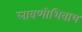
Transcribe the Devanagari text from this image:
लावणीशिवाय